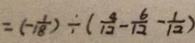
= ( - \frac { 1 } { 1 8 } ) \div ( \frac { 4 } { 1 2 } - \frac { 6 } { 1 2 } - \frac { 1 } { 1 2 } )